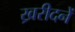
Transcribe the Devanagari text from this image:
ख्ररीदनें